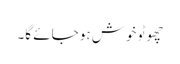
چھوٹو خوش ہو جائے گا۔